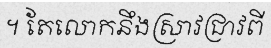
។ តែលោកនឹងស្រាវជ្រាវពី